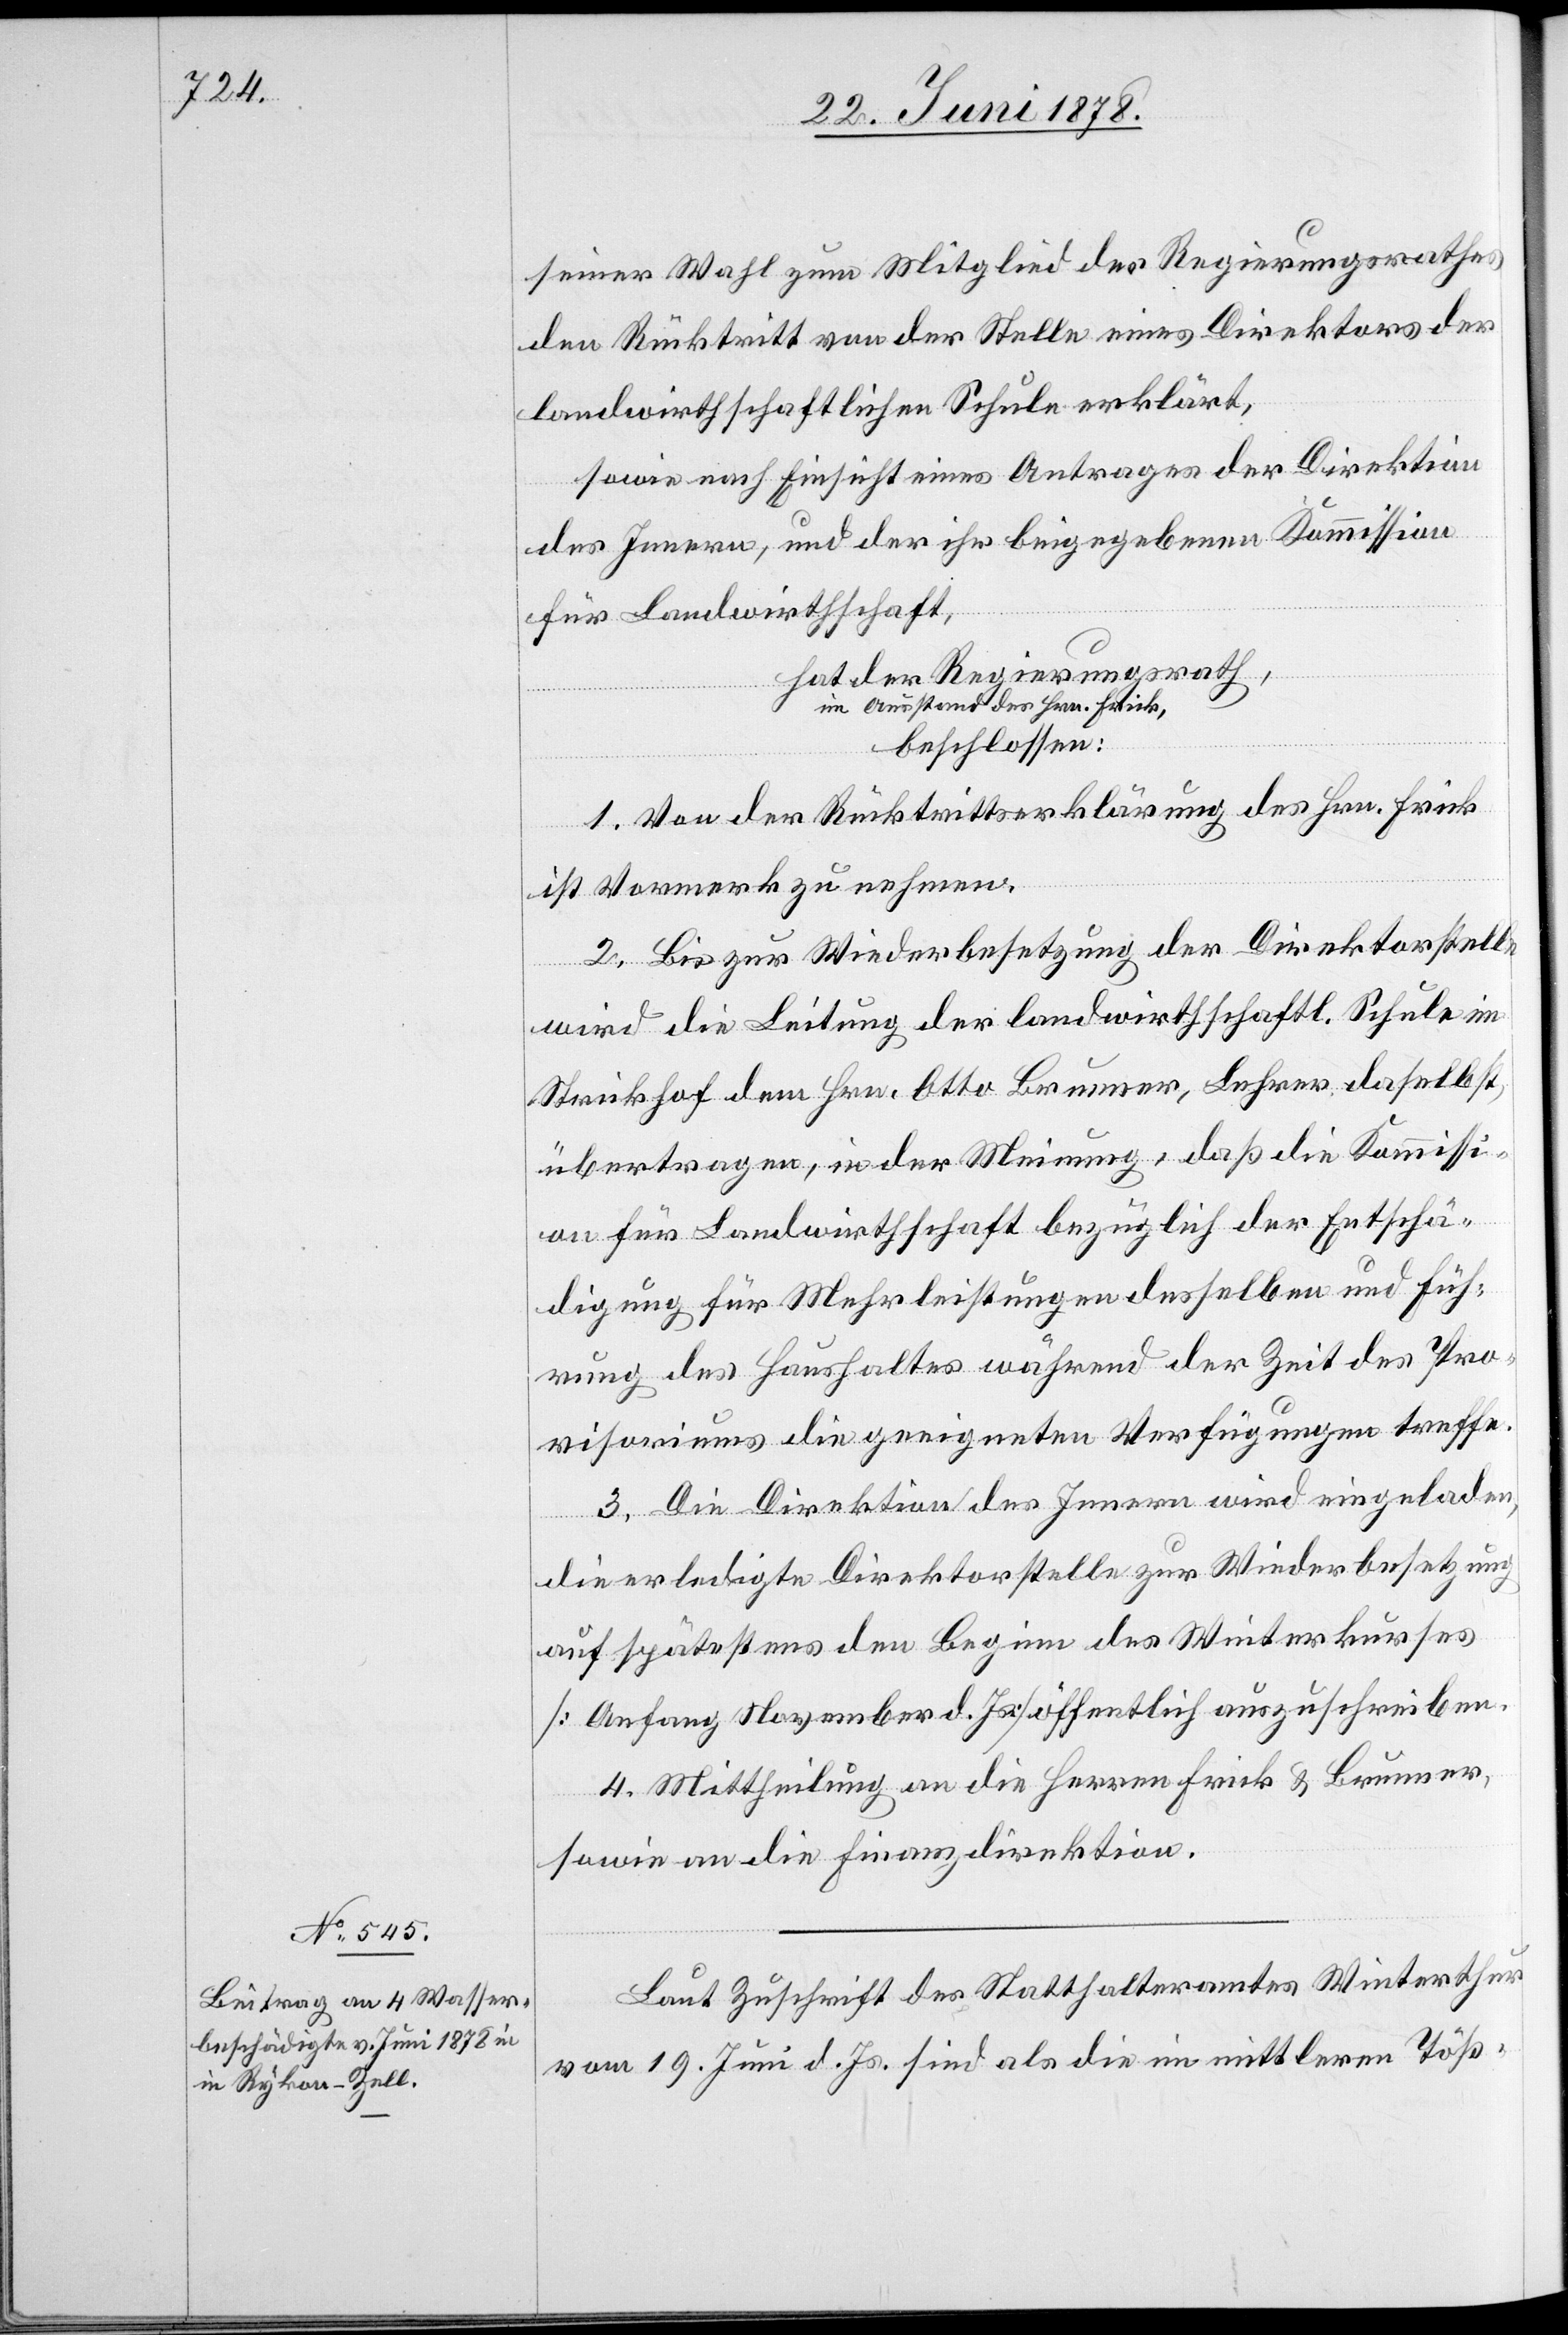
seiner Wahl zum Mitglied des Regierungsrathes
den Rücktritt von der Stelle eines Direktors der
landwirthschaftlichen Schule erklärt,
sowie nach Einsicht eines Antrages der Direktion
des Innern, und der ihr beigegebenen Kommission
für Landwirthschaft,
hat der Regierungsrath,
im Ausstand des Hrn. Frick,
beschlossen:
1. Von der Rücktrittserklärung des Hrn. Frick
ist Vormerk zu nehmen.
2. Bis zur Wiederbesetzung der Direktorstelle
wird die Leitung der landwirthschaftl. Schule im
Strickhof dem Hrn. Otto Brunner, Lehrer daselbst,
übertragen, in der Meinung, daß die Kommissi¬
on für Landwirthschaft bezüglich der Entschä¬
digung für Mehrleistungen desselben und Füh¬
rung des Haushaltes während der Zeit des Pro¬
visoriums die geeigneten Verfügungen treffe.
3. Die Direktion des Innern wird eingeladen,
die erledigte Direktorstelle zur Wiederbesetzung
auf spätestens den Beginn des Winterkurses
[Anfang November d. Js.] öffentlich auszuschreiben.
4. Mittheilung an die Herren Frick & Brunner,
sowie an die Finanzdirektion.
Laut Zuschrift des Statthalteramtes Winterthur
vom 19. Juni d. Js. sind als die im mittleren Töß-